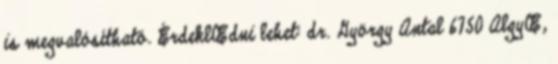
is megvalósítható. ÉrdeklŒdni lehet: dr. György Antal 6750 AlgyŒ,